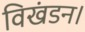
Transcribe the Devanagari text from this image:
विखंडन।